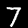
Digit: 7